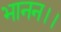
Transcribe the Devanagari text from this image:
भानन।।